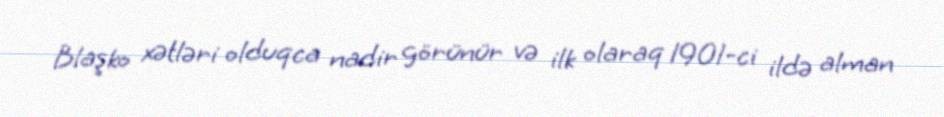
Blaşko xətləri olduqca nadir görünür və ilk olaraq 1901-ci ildə alman